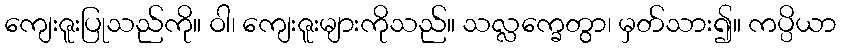
ကျေးဇူးပြုသည်ကို။ ဝါ၊ ကျေးဇူးများကိုသည်။ သလ္လက္ခေတွာ၊ မှတ်သား၍။ ကပ္ပိယာ